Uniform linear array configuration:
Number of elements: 48
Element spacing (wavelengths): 1
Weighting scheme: uniform
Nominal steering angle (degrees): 30
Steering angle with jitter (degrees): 28.483
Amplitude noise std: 0.05
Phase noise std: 0.05

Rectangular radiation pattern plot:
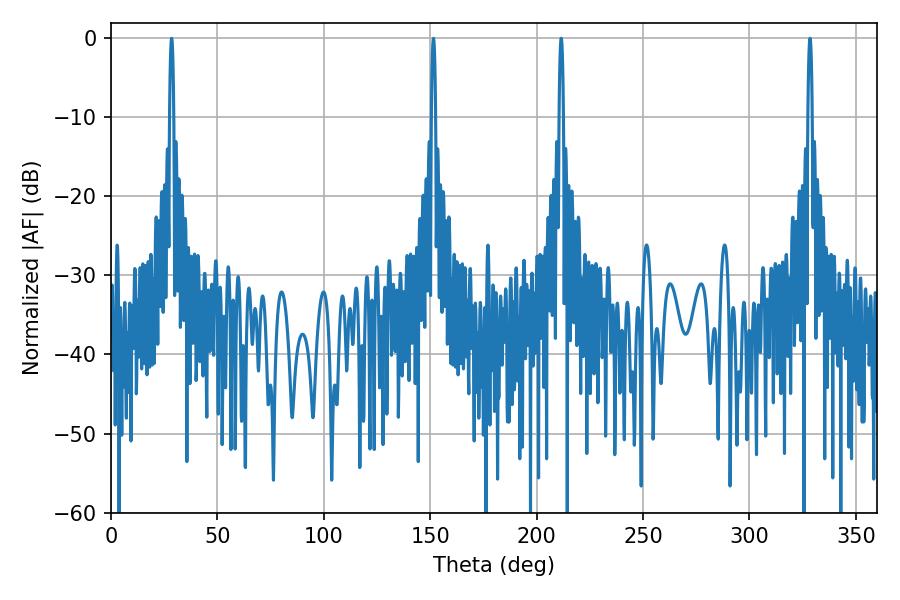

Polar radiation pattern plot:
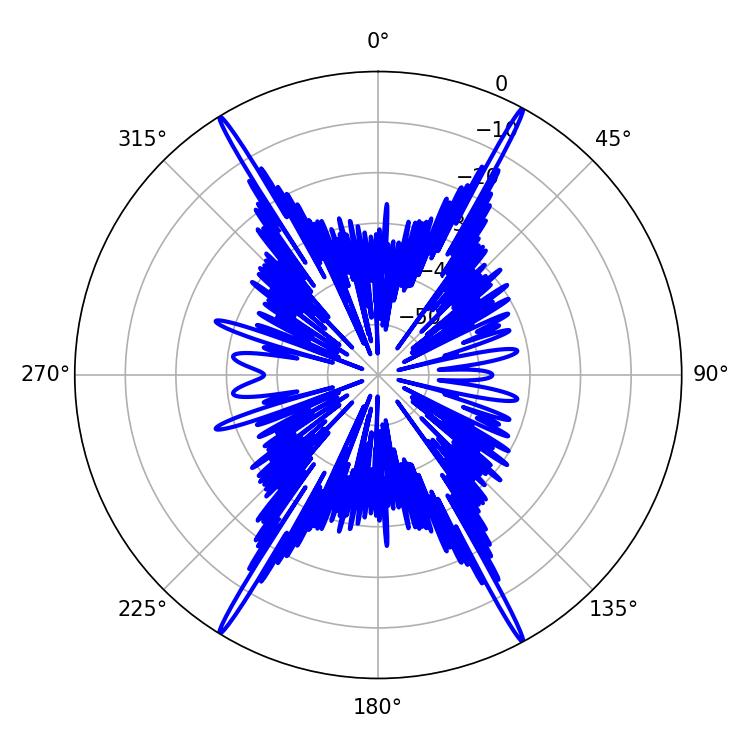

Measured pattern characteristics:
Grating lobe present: TRUE
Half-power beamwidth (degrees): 1.08
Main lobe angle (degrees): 211.5